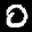
Label: 0